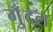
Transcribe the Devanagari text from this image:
गुँदल